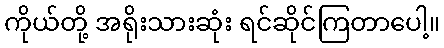
ကိုယ်တို့ အရိုးသားဆုံး ရင်ဆိုင်ကြတာပေါ့။